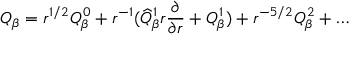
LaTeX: Q _ { \beta } = r ^ { 1 / 2 } Q _ { \beta } ^ { 0 } + r ^ { - 1 } ( \widehat { Q } _ { \beta } ^ { 1 } r \frac { \partial } { \partial r } + Q _ { \beta } ^ { 1 } ) + r ^ { - 5 / 2 } Q _ { \beta } ^ { 2 } + \ldots